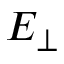
E _ { \perp }